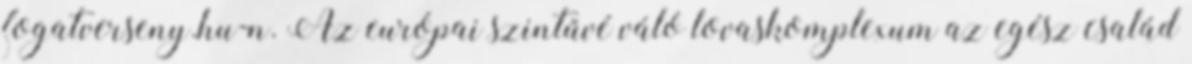
fogatverseny.hu-n. Az európai szintűvé váló lovaskomplexum az egész család